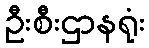
ဦးစီးဌာနရုံး